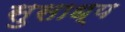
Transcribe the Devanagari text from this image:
सुसाध्‍य